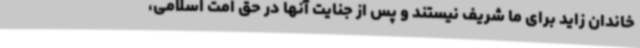
خاندان زاید برای ما شریف نیستند و پس از جنایت آنها در حق امت اسلامی،